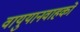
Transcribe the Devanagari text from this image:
वायुयानवाहकों